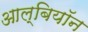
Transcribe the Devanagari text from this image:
आल्बियॉन